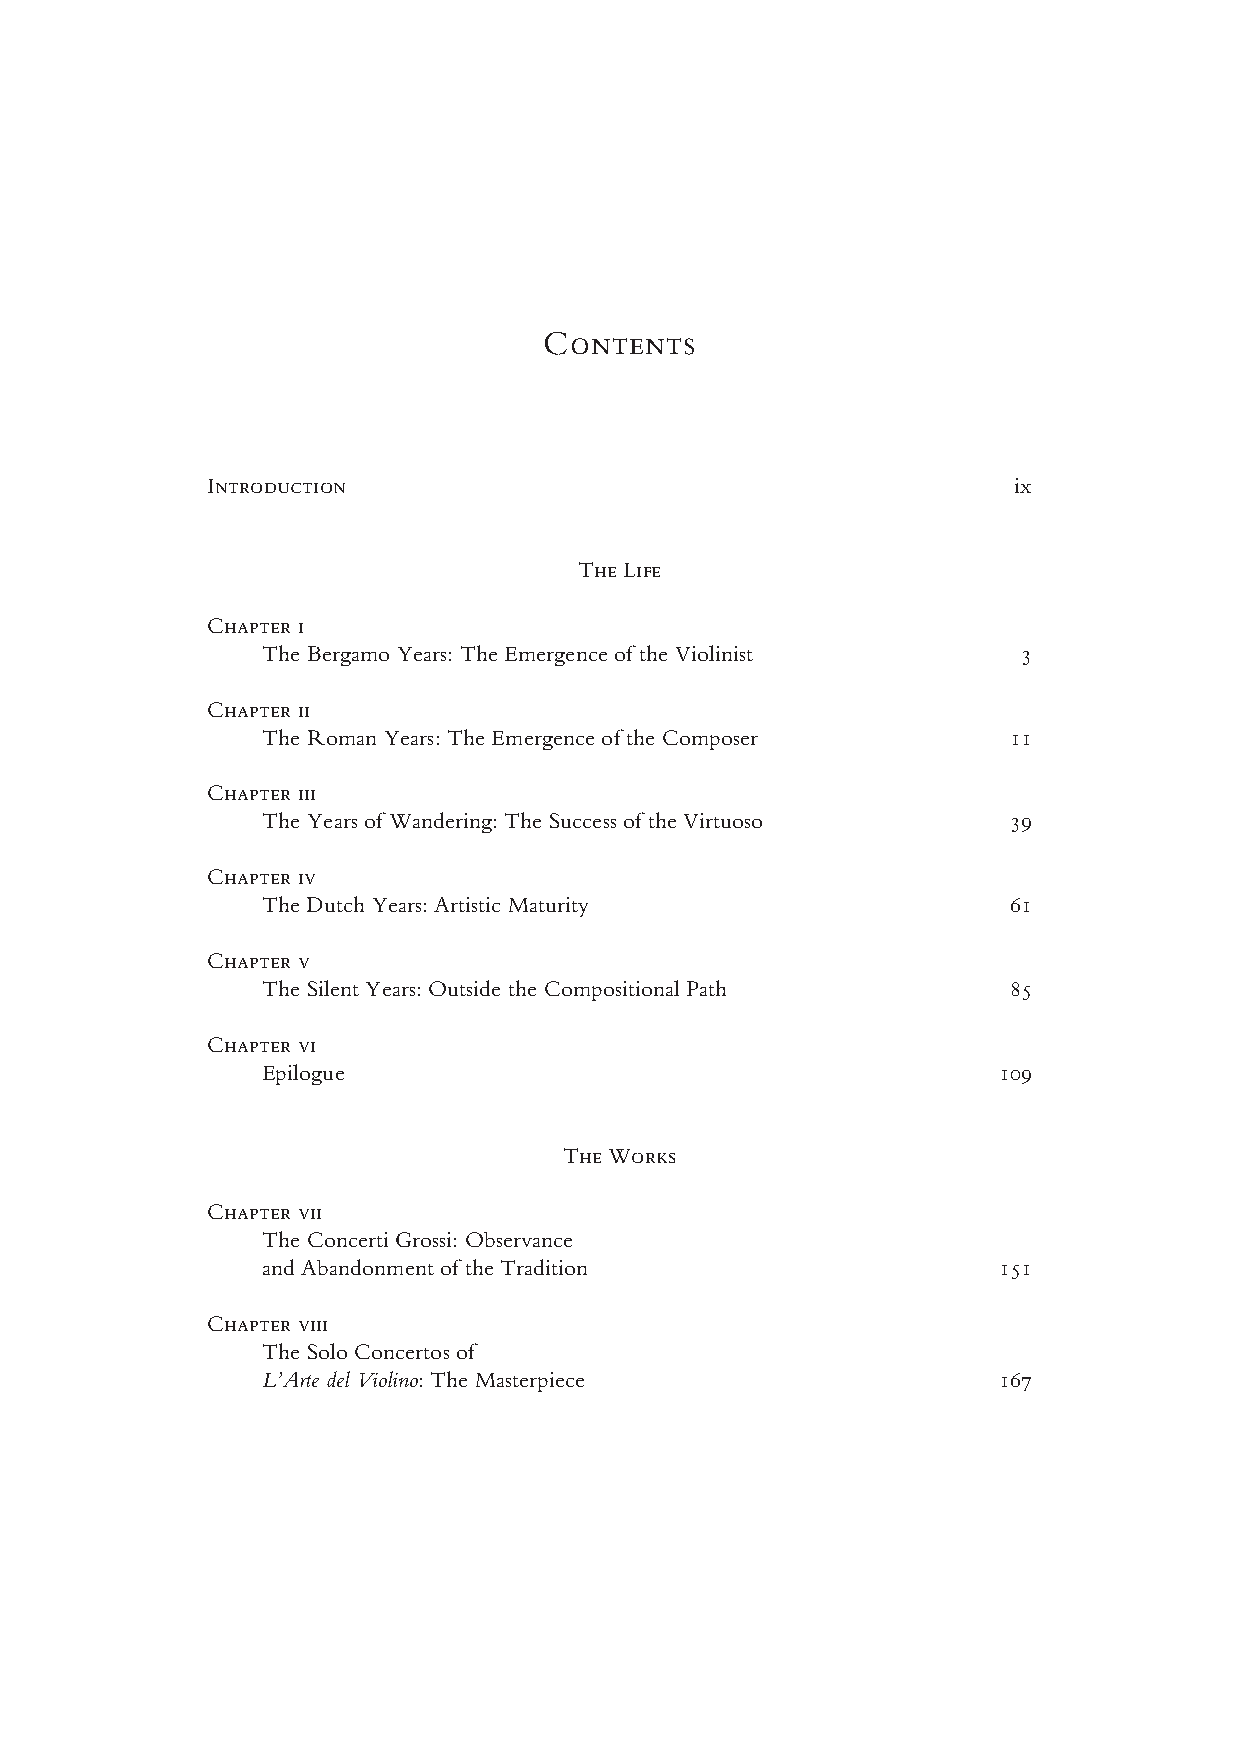
Contents
 Introduction                                         ix
 The Life
 Chapter i
 The Bergamo Years: The Emergence of the Violinist  3
 Chapter ii
 The Roman Years: The Emergence of the Composer    11
 Chapter iii
 The Years of Wandering: The Success of the Virtuoso 39
 Chapter iv
 The Dutch Years: Artistic Maturity                61
 Chapter v
 The Silent Years: Outside the Compositional Path  85
 Chapter vi
 Epilogue                                         109
 The Works
 Chapter vii
 The Concerti Grossi: Observance
 and Abandonment of the Tradition                 151
 Chapter viii
 The Solo Concertos of
 L’Arte del Violino: The Masterpiece              167